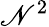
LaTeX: \mathscr{N}^{2}